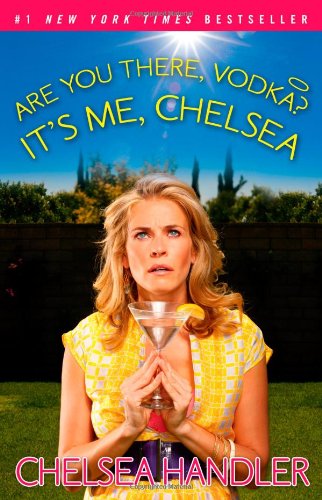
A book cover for Are You There, Vodka? It's Me, Chelsea; Chelsea Handler; Humor & Entertainment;